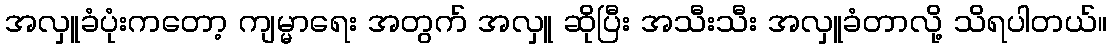
အလှူခံပုံးကတော့ ကျမ္မာရေး အတွက် အလှူ ဆိုပြီး အသီးသီး အလှူခံတာလို့ သိရပါတယ်။